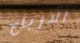
الارباح